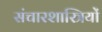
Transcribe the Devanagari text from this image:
संचारशास्त्रियों